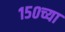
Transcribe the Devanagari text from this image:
१५०च्या